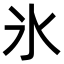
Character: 氷